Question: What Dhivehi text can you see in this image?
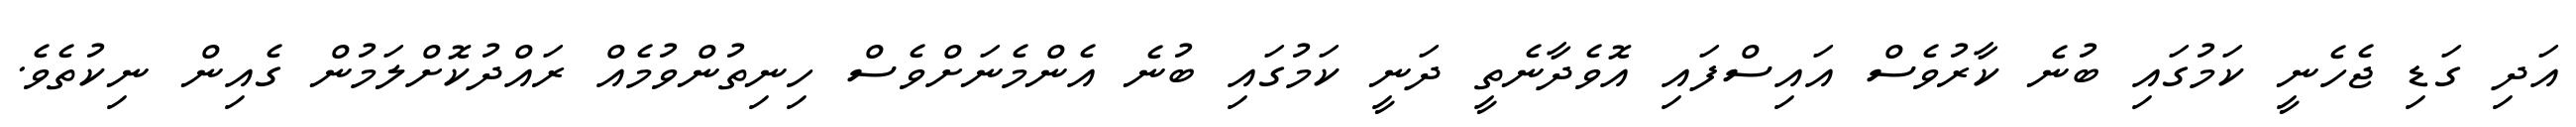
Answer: އަދި ގަޑި ޖެހެނީ ކަމުގައި ބުނެ ކާރުވެސް އައިސްފައި އޮވެދާނެތީ ދަނީ ކަމުގައި ބުނެ އެންމެނަށްވެސް ހިނިތުންވުމެއް ރައްދުކޮށްލަމުން ގެއިން ނިކުތެވެ.